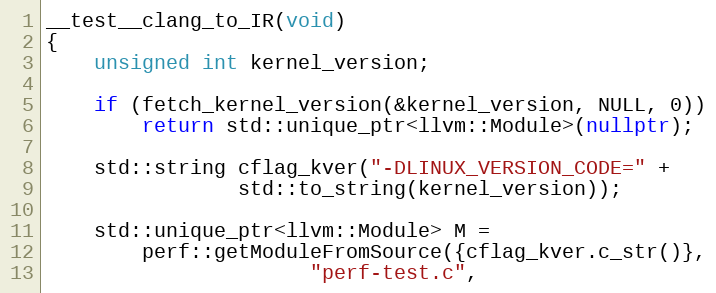
Language: C++
__test__clang_to_IR(void)
{
	unsigned int kernel_version;

	if (fetch_kernel_version(&kernel_version, NULL, 0))
		return std::unique_ptr<llvm::Module>(nullptr);

	std::string cflag_kver("-DLINUX_VERSION_CODE=" +
				std::to_string(kernel_version));

	std::unique_ptr<llvm::Module> M =
		perf::getModuleFromSource({cflag_kver.c_str()},
					  "perf-test.c",